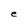
Character: e